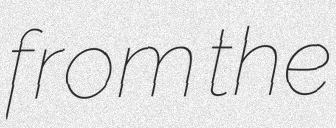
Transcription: from the